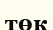
төк